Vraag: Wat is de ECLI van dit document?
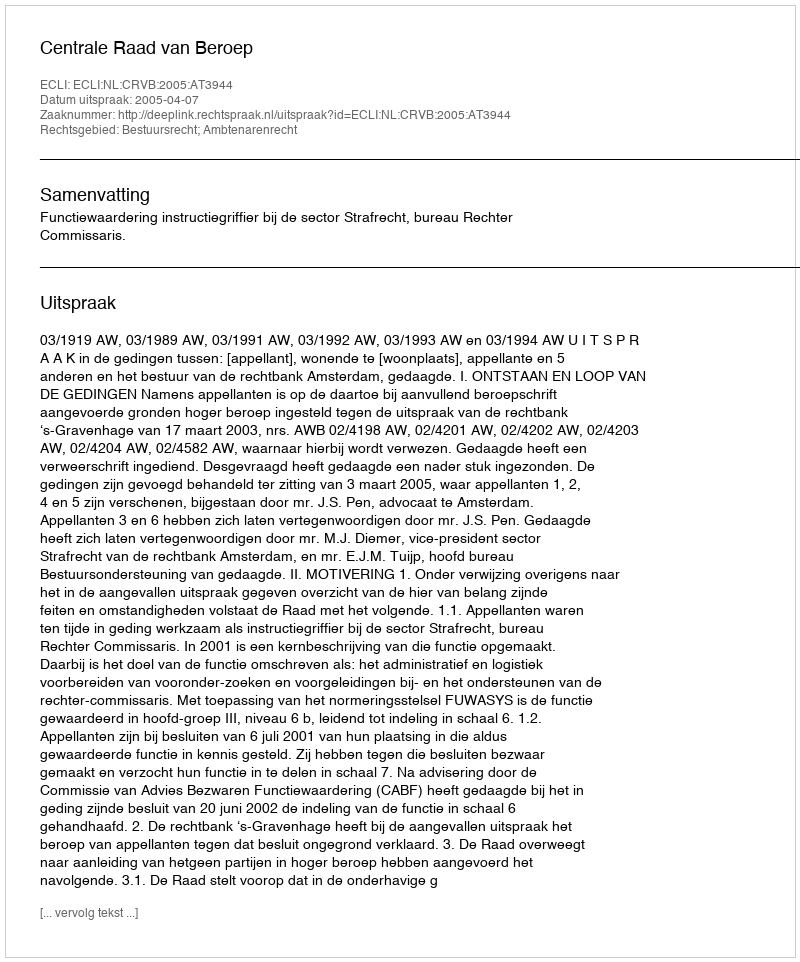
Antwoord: ECLI:NL:CRVB:2005:AT3944